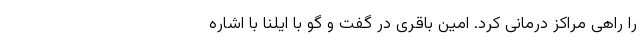
را راهی مراکز درمانی کرد. امین باقری در گفت و گو با ایلنا با اشاره